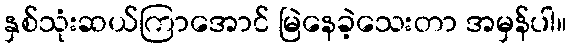
နှစ်သုံးဆယ်ကြာအောင် မြဲနေခဲ့သေးတာ အမှန်ပါ။